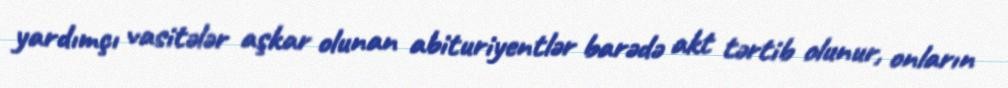
yardımçı vasitələr aşkar olunan abituriyentlər barədə akt tərtib olunur, onların